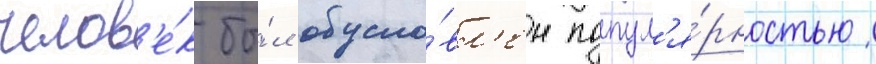
челов'е́к бы́л обусло́вл'ен попул'я́рностью